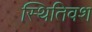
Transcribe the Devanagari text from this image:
स्थितिवश